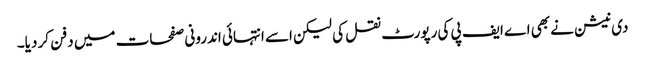
دی نیشن نے بھی اے ایف پی کی رپورٹ نقل کی لیکن اسے انتہائی اندرونی صفحات میں دفن کر دیا۔